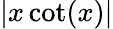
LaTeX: |x\cot(x)|